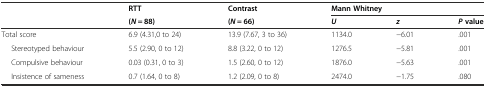
|  | RTT | Contrast | <COLSPAN=3> Mann Whitney |
 |  | (N = 88) | (N = 66) | U | z | Pvalue |
 | --- | --- | --- | --- | --- | --- |
 | Total score | 6.9 (4.31,0 to 24) | 13.9 (7.67, 3 to 36) | 1134.0 | −6.01 | .001 |
 | Stereotyped behaviour | 5.5 (2.90, 0 to 12) | 8.8 (3.22, 0 to 12) | 1276.5 | −5.81 | .001 |
 | Compulsive behaviour | 0.03 (0.31, 0 to 3) | 1.5 (2.60, 0 to 12) | 1876.0 | −5.63 | .001 |
 | Insistence of sameness | 0.7 (1.64, 0 to 8) | 1.2 (2.09, 0 to 8) | 2474.0 | −1.75 | .080 |